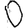
Digit: 0